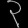
Digit: ၃